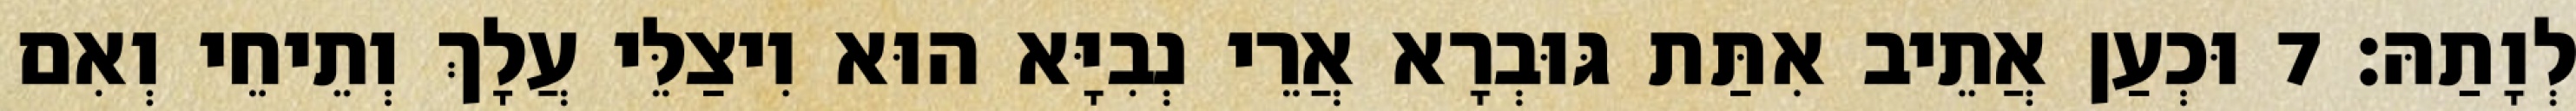
לְוָתַהּ׃ 7 וּכְעַן אֲתֵיב אִתַּת גּוּבְרָא אֲרֵי נְבִיָּא הוּא וִיצַלֵּי עֲלָךְ וְתֵיחֵי וְאִם